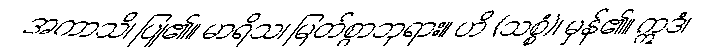
အကာသိ၊ ပြု၏။ မာရိသ၊ မြတ်စွာဘုရား။ ဟိ (သစ္စံ)၊ မှန်၏။ ဣဒံ၊